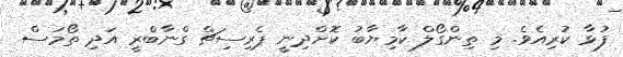
ފުޅާ ކުރިއެވެ. މި ތިންގޯލް ކާމިޔާބު ކޮށްދިނީ ޕެރިސިޗް ގްނާބްރީ އަދި ތޯމަސް